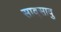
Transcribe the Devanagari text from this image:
सावुसावु